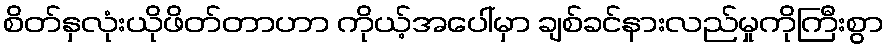
စိတ်နှလုံးယိုဖိတ်တာဟာ ကိုယ့်အပေါ်မှာ ချစ်ခင်နားလည်မှုကိုကြီးစွာ